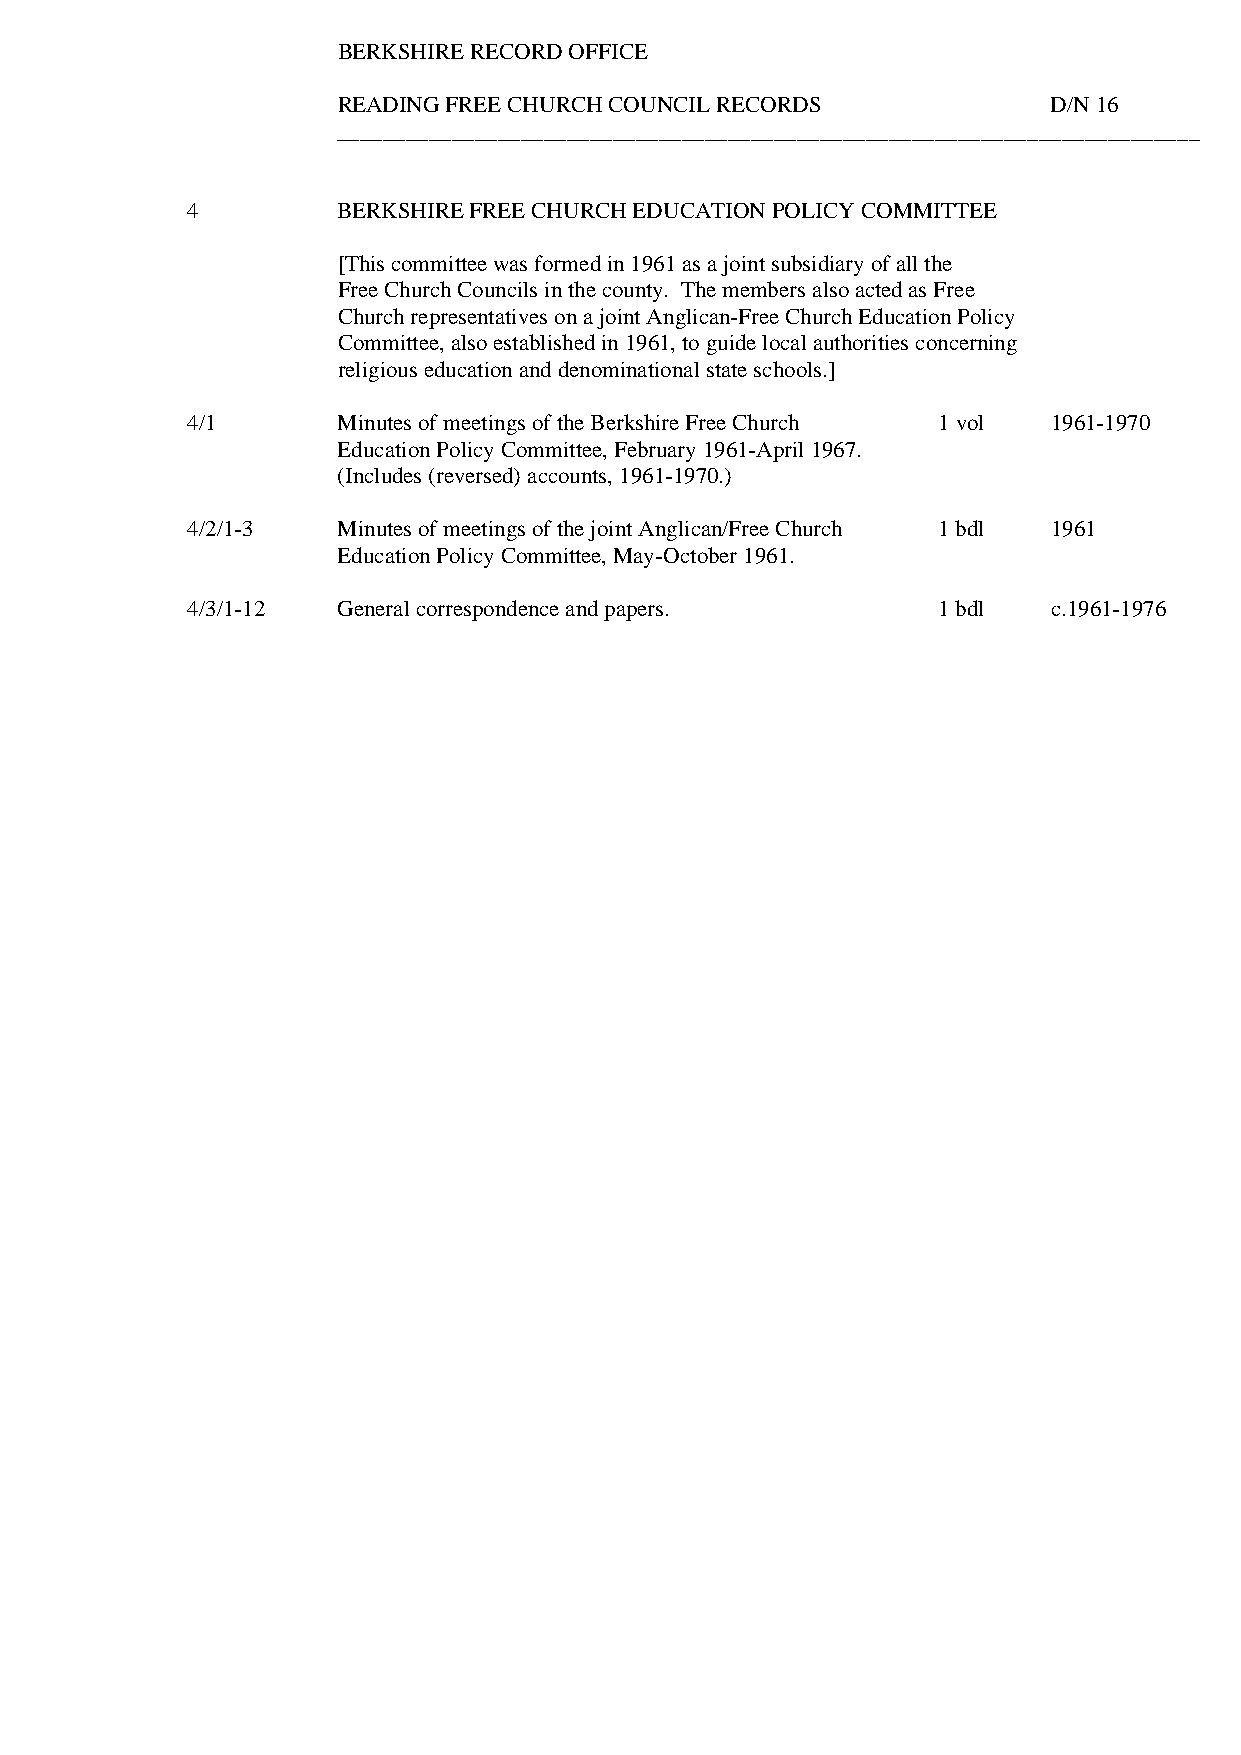
BERKSHIRE RECORD OFFICE
 READING FREE CHURCH COUNCIL RECORDS             D/N 16
 ___________________________________________________________________________
 4         BERKSHIRE FREE CHURCH EDUCATION POLICY COMMITTEE
 [This committee was formed in 1961 as a joint subsidiary of all the
 Free Church Councils in the county. The members also acted as Free
 Church representatives on a joint Anglican-Free Church Education Policy
 Committee, also established in 1961, to guide local authorities concerning
 religious education and denominational state schools.]
 4/1       Minutes of meetings of the Berkshire Free Church 1 vol 1961-1970
 Education Policy Committee, February 1961-April 1967.
 (Includes (reversed) accounts, 1961-1970.)
 4/2/1-3   Minutes of meetings of the joint Anglican/Free Church 1 bdl 1961
 Education Policy Committee, May-October 1961.
 4/3/1-12  General correspondence and papers.      1 bdl   c.1961-1976